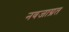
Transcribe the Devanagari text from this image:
नवजाग्रत